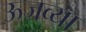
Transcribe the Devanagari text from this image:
ऊजव्या